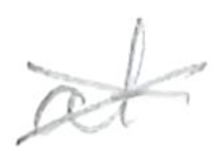
Text: at
Cross-out: cross
Writing tool: pencil